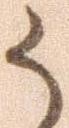
か